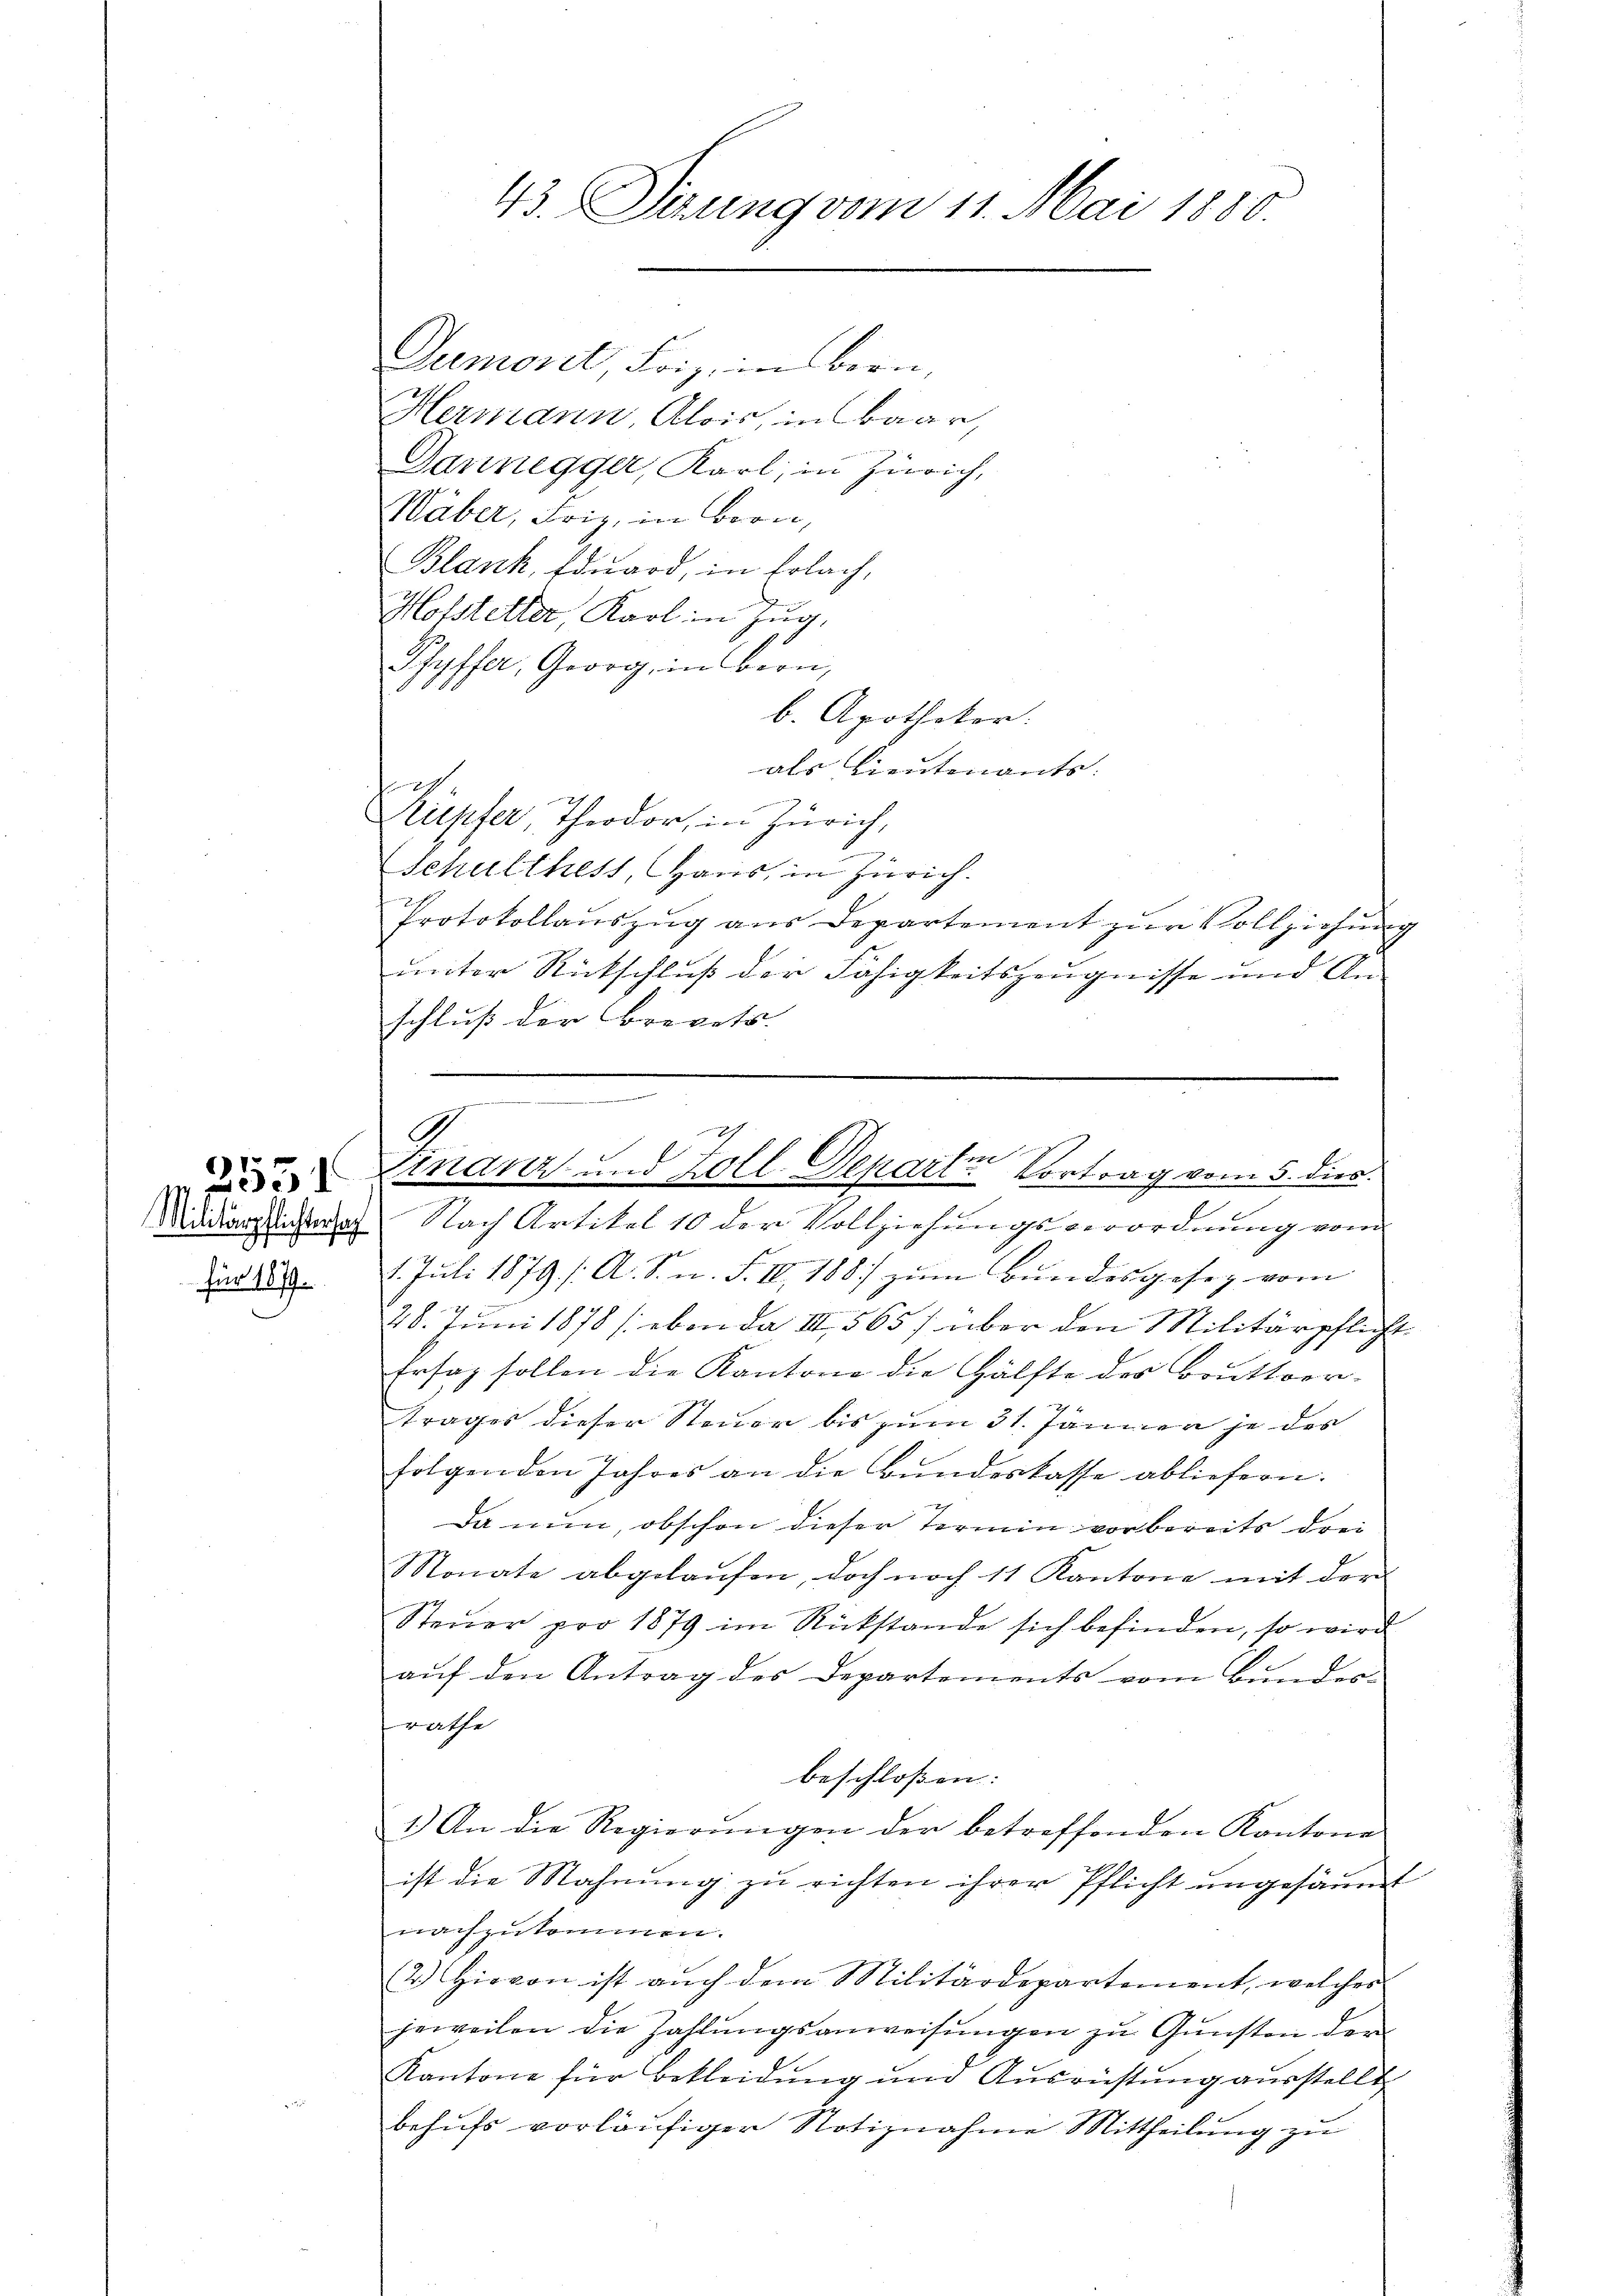
Militärpflichtersach
für 187.

Demorit, Friz in Bern,
Hermann, Alois, in baar,
Dannegger, Karl, in Zürich,
Wäber, Friz, in Bern,
Blank, Eduard, in Erlach,
Holstetter, Karl in Zug,
Pfyffer, Georg, in Bern,
b. Apotheker.
als Lieutenants:
24
Kupfer, Theodor, in Zürich,
2
Schulthest, Haus, in Zürich.
Protokollaŭszŭg aŭs Departement zŭr Vollziehŭng
unter Rückschluß der Fähigkeitszeugnisse und Anschluß der Brevets |

43. Serung vom 11. Mai 1880.

.
2
on
Finanz und Koll-Deparie Vortrag vom 5. dies

Nach Artikel 10 der Vollziehungsverordnung vom
1. Juli 1879. /: A. S. n. F. II, 188) zum Bundesgesez vom
28. Juni 1878 (eben da III 565 / über den Militärpflicht.
Ersatz sollen die Kantone die Hälfte des Bruttoor-
trages dieser Steuer bis zum 31. Jänner je des
folgenden Jahres an die Bundeskasse abliefern.
Da nun, obschon dieser Termin vorbereits drei
Monate abgelaŭfen, doch noch 11 Kantone mit der
Steŭer pro 1879 im Rückstande sich befinden, so wird
auf den Antrag des Departements vom Bundes-
trathe
beschloßen:
1.) An die Regierŭngen der betreffenden Kantone
ist die Mahnung zu richten ihrer Pflicht ungesäumt
nachzukommen.
2) Hievon ist aŭch dem Militärdepartement, welches
jeweilen die Zahlŭngsanweisŭngen zŭ Gŭnsten der
Kantone für Bekleidŭng ŭm Aŭsrüstung aŭsstellt,
behufs vorläufiger Notiznahme Mittheilung zu